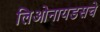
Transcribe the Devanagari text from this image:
लिओनायडसचे